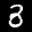
Label: 3